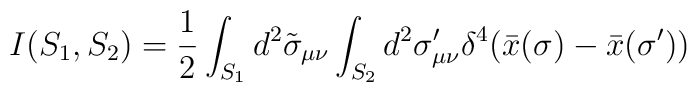
I(S_1 , S_2 ) = \frac{1}{2} \int_{S_1 } d^2 \tilde{\sigma }_{\mu \nu } \int_{S_2 } d^2 \sigma^{\prime }_{\mu \nu } \delta^{4} (\bar{x} (\sigma ) - \bar{x} (\sigma^{\prime } ) )